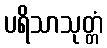
ပရိသာသုတ္တံ